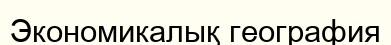
Экономикалық география